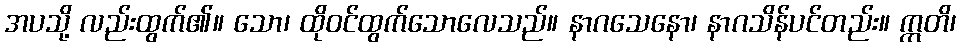
အပသို့ လည်းထွက်၏။ သော၊ ထိုဝင်ထွက်သောလေသည်။ နာဂသေနော၊ နာဂသိန်ပင်တည်း။ ဣတိ၊